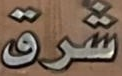
شرق